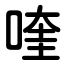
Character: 喹